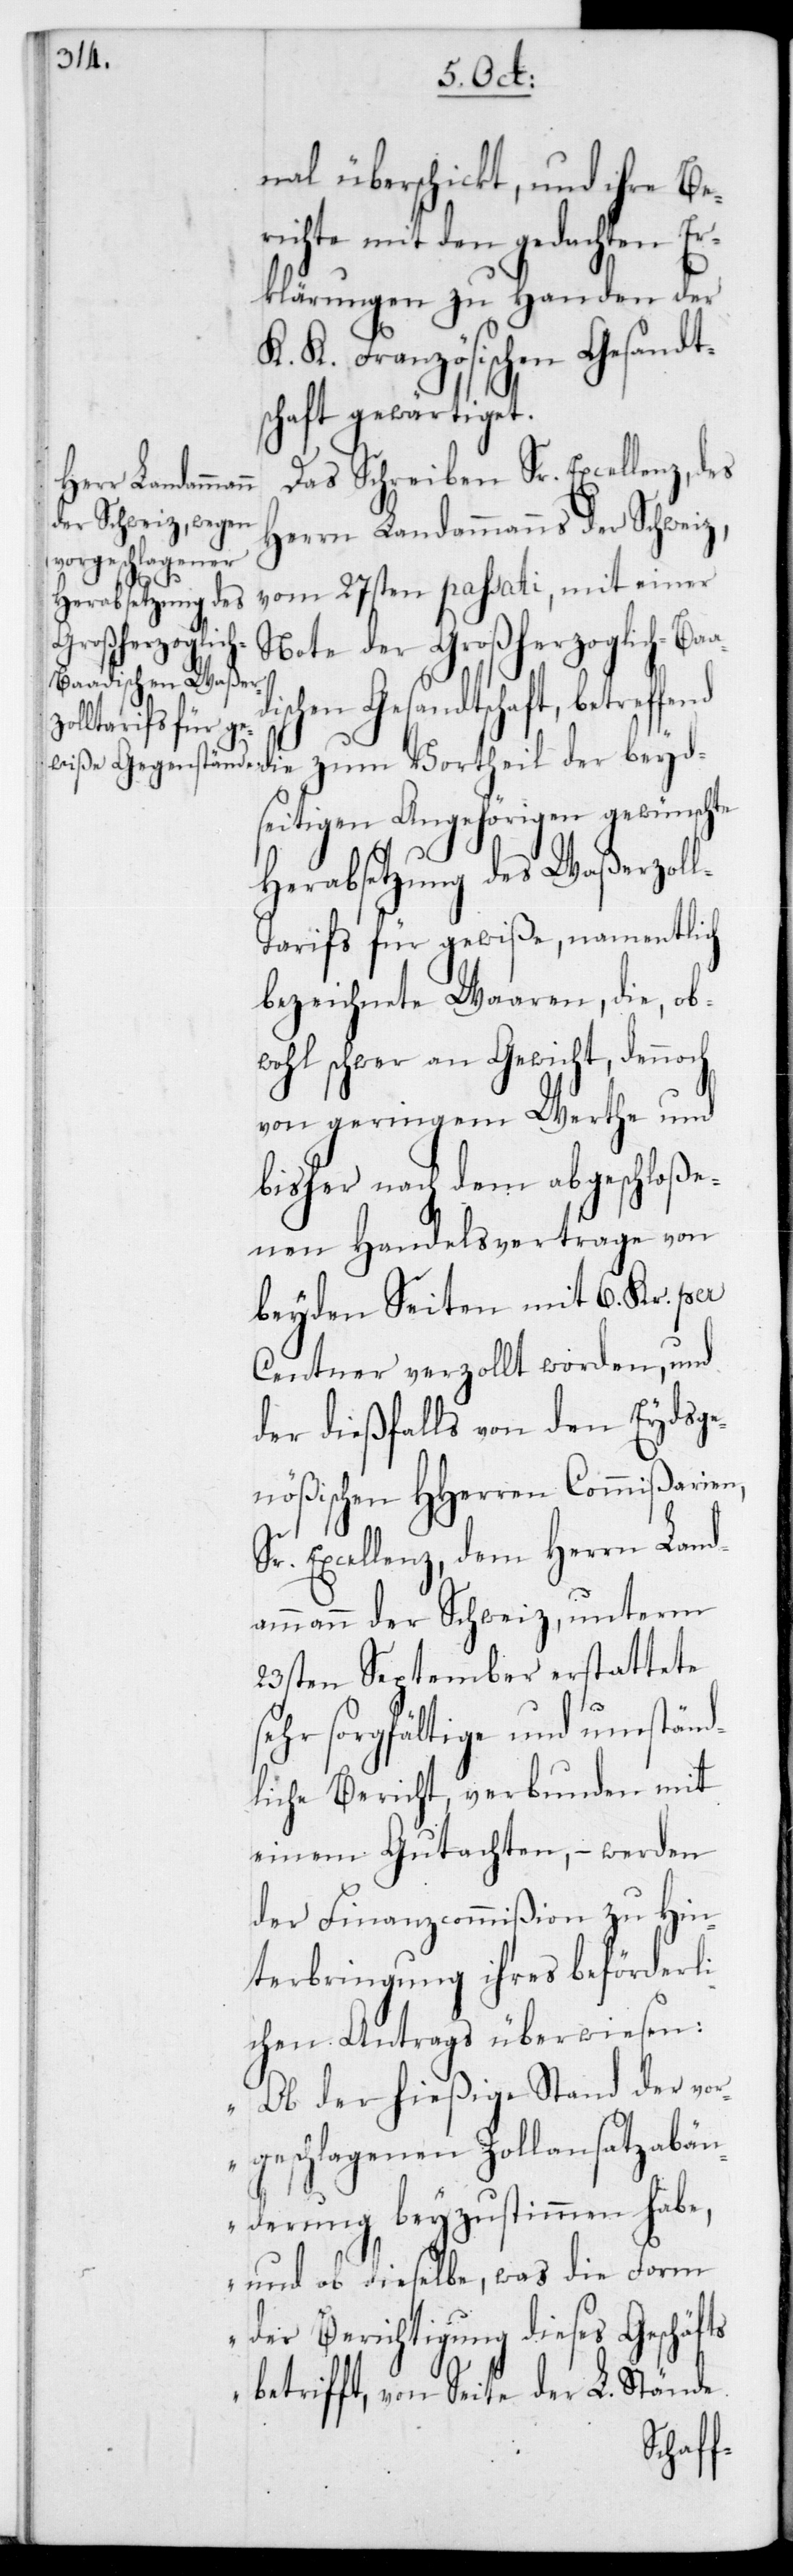
fend

nal überschickt, und ihre Be¬
richte mit den gedachten Er¬
klärungen zu Handen der
K. K. Französischen Gesandt¬
schaft gewärtiget.
Das Schreiben Sr. Excellenz,des
Herrn Landammanns des Schweiz,
vom 27sten passati, mit einer
Note der Großherzoglich-Baa¬
schen Gesandtschaft, betref¬
die zum Vortheil der beyd¬
seitigen Angehörigen gewünschte
Herabsetzung des Waßerzol¬
l-Tarifs für gewiße, namentlich
bezeichnete Waaren, die, ob¬
wohl schwer an Gewicht, dennoch
von geringem Werthe und
bisher nach dem abgeschloße¬
nen Handelsvertrage von
beyden Seiten mit 6 Kr. per
Centner verzollt worden, und
der dießfalls von den Eydsge¬
nößischen HHerren Commißarien,
Sr. Excellenz,dem Herrn Land¬
ammann der Schweiz, unterm
23sten September erstattete
sehr sorgfältige und umständ¬
liche Bericht, verbunden mit
einem Gutachten, – werden
der Finanzcommißion zu Hin¬
terbringung ihres beförderli¬
chen Antrags überwiesen:
„Ob der hießigeStand der vor¬
geschlagenen Zollansatzabän¬
derung beyzustimmen habe,
und ob dieselbe, was die Form
der Berichtigung dieses Geschäfts
betrifft, von Seite der L. Stände